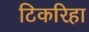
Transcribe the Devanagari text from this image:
टिकरिहा